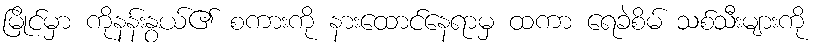
မြိုင်မှာ ကိုနန်းနွယ်၏ စကားကို နားထောင်နေရာမှ ထကာ ရေခဲစိမ် သစ်သီးများကို